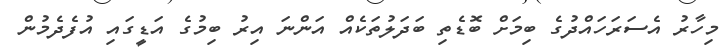
މިހާރު އެސަރަހައްދުގެ ބިމަށް ބޮޑެތި ބަދަލުތަކެއް އަންނަ އިރު ބިމުގެ އަޑީގައި އުފެދެމުން